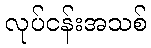
လုပ်ငန်းအသစ်